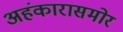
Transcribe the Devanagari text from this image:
अहंकारासमोर